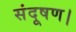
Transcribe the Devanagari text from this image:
संदूषण।